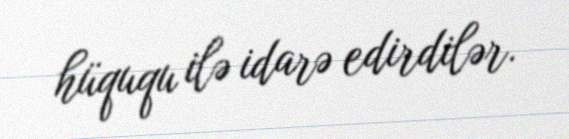
hüququ ilə idarə edirdilər.